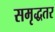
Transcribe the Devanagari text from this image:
समृद्धतर